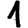
Digit: 1